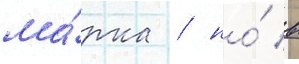
ма́рка / но́ в